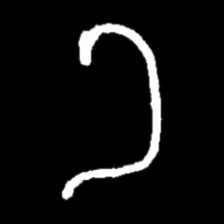
Pyu character \u2014 Myanmar letter: ခ (romanized: kha)